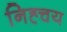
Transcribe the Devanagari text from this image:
निह्चय